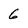
Character: 6